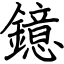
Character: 鐿